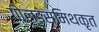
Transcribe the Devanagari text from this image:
गोल्डस्मिथकृत